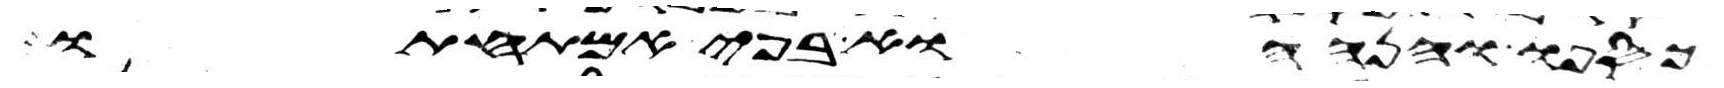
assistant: כספו והנה הוא בפי אמתחתו